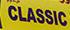
classic